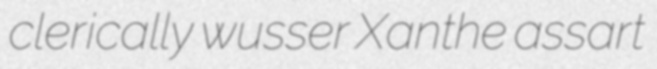
clerically wusser Xanthe assart